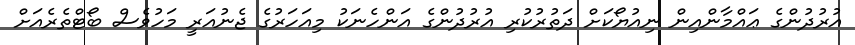
އުރުދުންގެ ޢައްމާންއިން ނިއުޔޯކަށް ދަތުރުކުރި އުރުދުންގެ އަންހެނަކު މިއަހަރުގެ ޖެނުއަރީ މަހުވެސް ބޯޓްތެރެއަށް